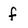
Character: f